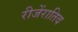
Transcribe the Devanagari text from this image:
रीजेंरातिव